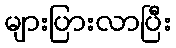
များပြားလာပြီး